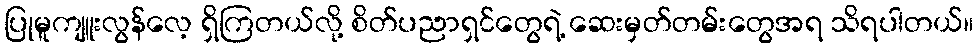
ပြုမူကျူးလွန်လေ့ ရှိကြတယ်လို့ စိတ်ပညာရှင်တွေရဲ့ ဆေးမှတ်တမ်းတွေအရ သိရပါတယ်။